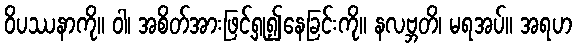
ဝိပဿနာကို။ ဝါ၊ အစိတ်အားဖြင့်ရှု၍နေခြင်းကို။ နလဗ္ဘတိ၊ မရအပ်။ အရဟ